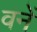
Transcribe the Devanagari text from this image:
वनें